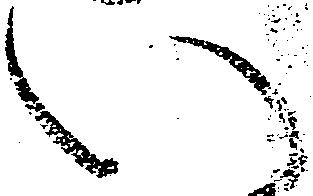
い